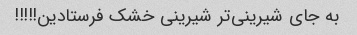
به جای شیرینی‌تر شیرینی خشک فرستادین!!!!!